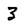
Character: 3